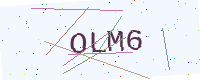
Text: OLM6